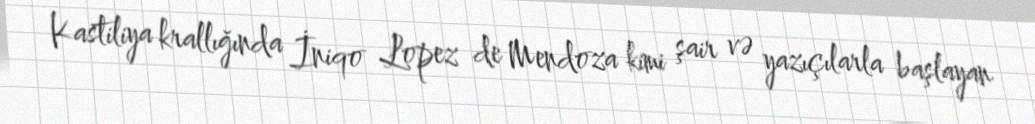
Kastiliya krallığında İniqo Lopez de Mendoza kimi şair və yazıçılarla başlayan